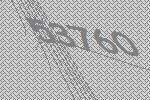
53760